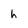
Character: h